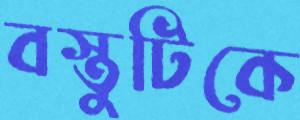
বস্তুটিকে